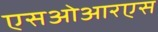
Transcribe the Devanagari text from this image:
एसओआरएस